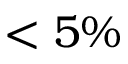
< 5 \%